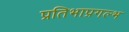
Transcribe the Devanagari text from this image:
प्रतिभाप्रगल्भ